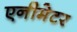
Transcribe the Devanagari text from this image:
एनीमेटर